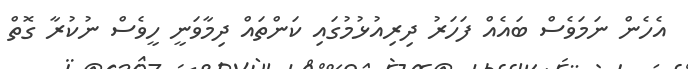
އެހެން ނަމަވެސް ބައެއް ފަހަރު ދިރިއުޅުމުގައި ކަންތައް ދިމާވަނީ ހީވެސް ނުކުރާ ގޮތް